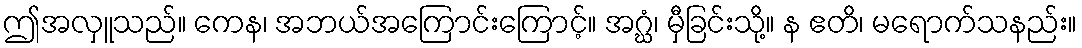
ဤအလှူသည်။ ကေန၊ အဘယ်အကြောင်းကြောင့်။ အဂ္ဃံ၊ မှီခြင်းသို့။ န ဧတိ၊ မရောက်သနည်း။